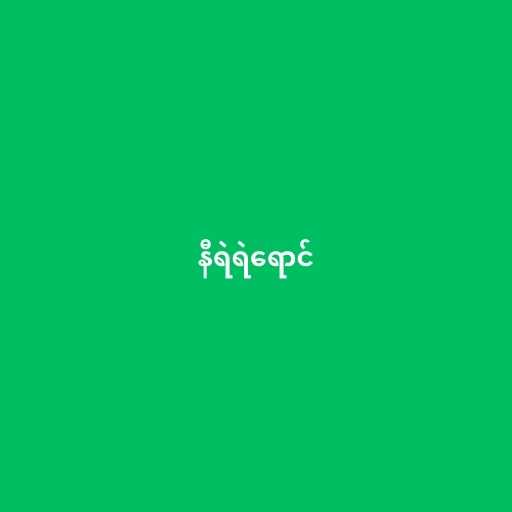
နီရဲရဲရောင်